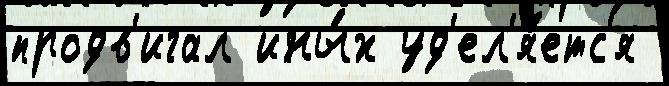
продв'игал ины́х уд'ел'я́етс'я